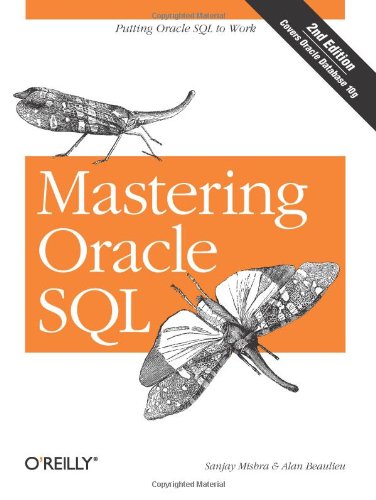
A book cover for Mastering Oracle SQL, 2nd Edition; Sanjay Mishra; Computers & Technology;